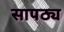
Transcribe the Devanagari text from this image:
सापठ्य